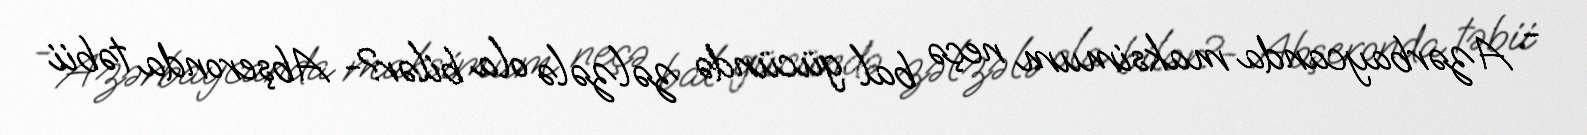
- Azərbaycanda maksimum neçə bal gücündə zəlzələ ola bilər?- Abşeronda təbii